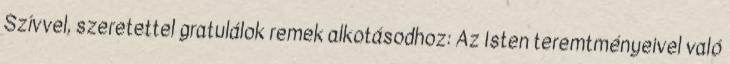
Szívvel, szeretettel gratulálok remek alkotásodhoz: Az Isten teremtményeivel való